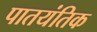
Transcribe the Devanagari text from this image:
पातयंतिक